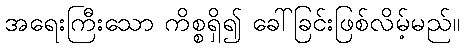
အရေးကြီးသော ကိစ္စရှိ၍ ခေါ်ခြင်းဖြစ်လိမ့်မည်။